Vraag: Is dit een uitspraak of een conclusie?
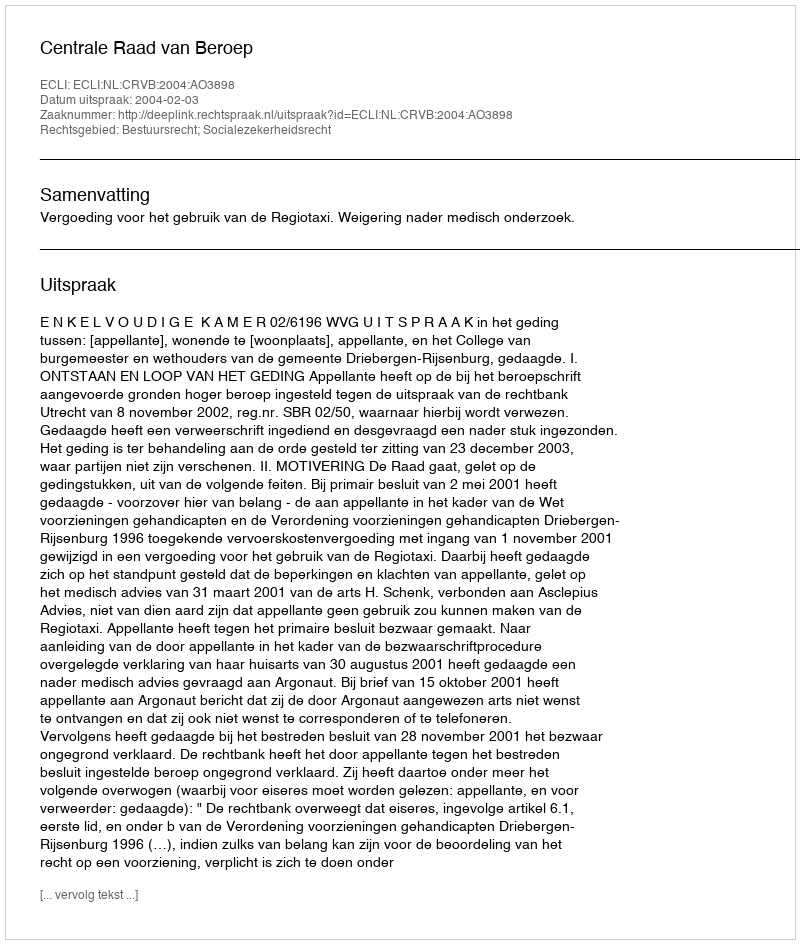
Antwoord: Uitspraak